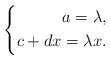
\begin{align*}\left\{\begin{aligned}a=\lambda,\\c+dx=\lambda x.\end{aligned}\right.\end{align*}